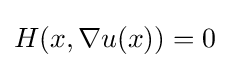
H(x,\nabla u(x))=0